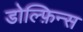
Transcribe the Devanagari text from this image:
डोल्फ़िन्स